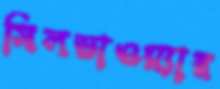
সিলভাওয়্যার